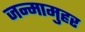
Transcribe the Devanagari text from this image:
जन्मामुहर